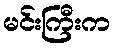
မင်းကြီးက